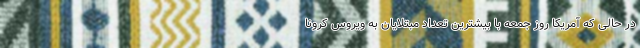
در حالی که آمریکا روز جمعه با بیشترین تعداد مبتلایان به ویروس کرونا